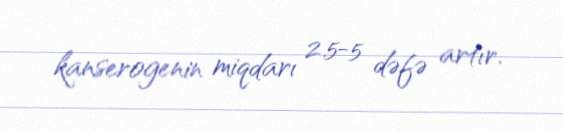
kanserogenin miqdarı 2.5-5 dəfə artır.